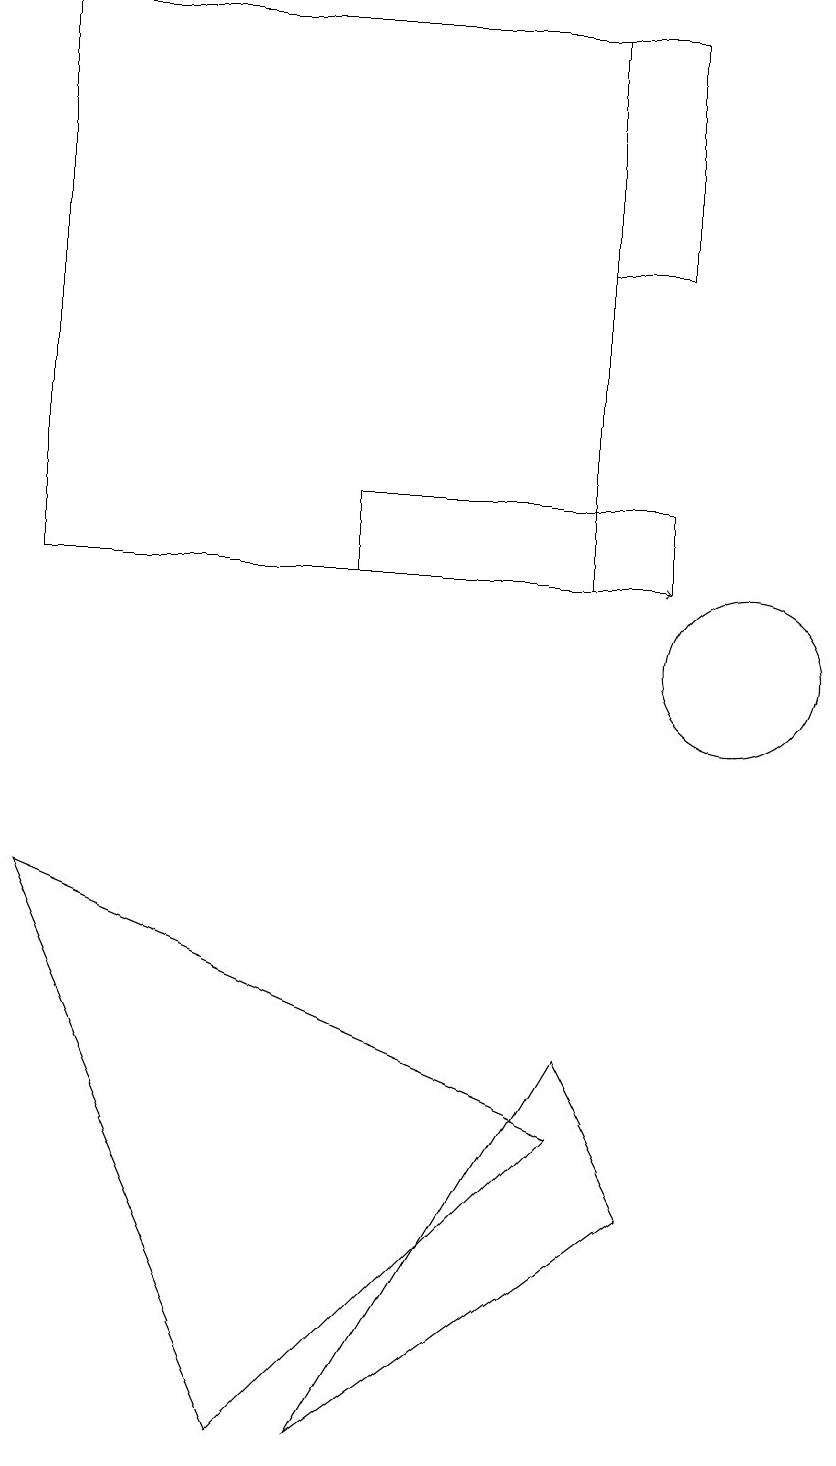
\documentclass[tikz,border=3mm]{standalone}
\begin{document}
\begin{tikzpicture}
\draw (8,19) rectangle (9,16);
\draw (9,4) -- (5,1) -- (8,6) -- cycle;
\draw (4,1) -- (8,5) -- (1,8) -- cycle;
\draw (5,12) rectangle (9,13);
\draw (10,11) circle (1);
\draw (1,12) rectangle (8,19);
\draw (7,19) rectangle (5,19);
\draw[->] (8,12) -- (9,12);
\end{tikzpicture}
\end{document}